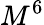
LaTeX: M^{6}